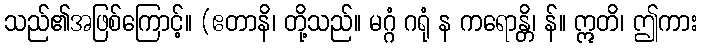
သည်၏အဖြစ်ကြောင့်။ (ဧတာနိ၊ တို့သည်။ မဂ္ဂံ ဂရုံ န ကရောန္တိ၊ န်။ ဣတိ၊ ဤကား